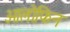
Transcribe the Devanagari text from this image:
ओलोफिन